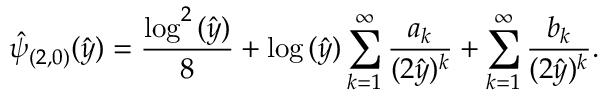
\hat { \psi } _ { ( 2 , 0 ) } ( \hat { y } ) = \frac { \log ^ { 2 } { ( \hat { y } ) } } { 8 } + \log { ( \hat { y } ) } \sum _ { k = 1 } ^ { \infty } \frac { a _ { k } } { ( 2 \hat { y } ) ^ { k } } + \sum _ { k = 1 } ^ { \infty } \frac { b _ { k } } { ( 2 \hat { y } ) ^ { k } } .